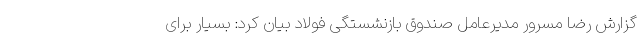
گزارش رضا مسرور مدیرعامل صندوق بازنشستگی فولاد بیان کرد: بسیار برای